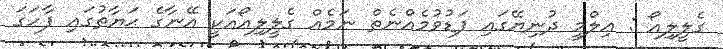
ގެލީލިއޯ : ޢިލްމީ ދުނިޔޭގައި ފަޑުވުމެއްނެތް ނަމެއް ގެލީލިއޯއަކީ އޭނާގެ ޙަޔާތުގައި ފާހަގަ